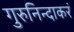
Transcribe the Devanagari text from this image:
गुरुनिन्दाकरं